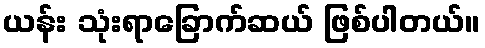
ယန်း သုံးရာခြောက်ဆယ် ဖြစ်ပါတယ်။